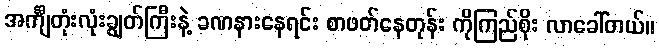
အင်္ကျီတုံးလုံးချွတ်ကြီးနဲ့ ခဏနားနေရင်း စာဖတ်နေတုန်း ကိုကြည်စိုး လာခေါ်တယ်။